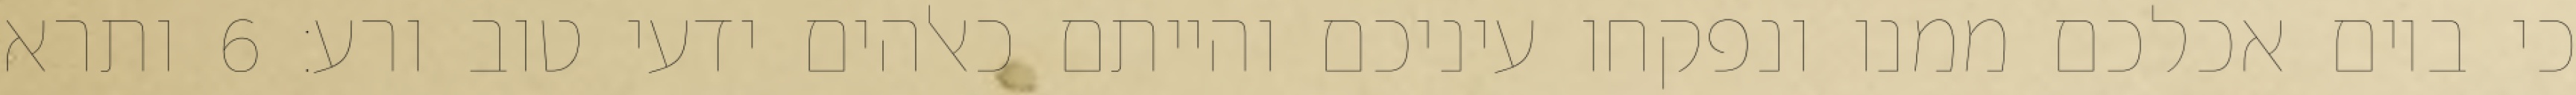
כי ביום אכלכם ממנו ונפקחו עיניכם והייתם כאלהים ידעי טוב ורע׃ ‎6‏ ותרא